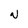
Character: N